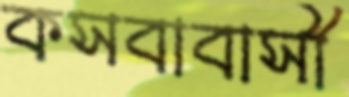
কসবাবাসী